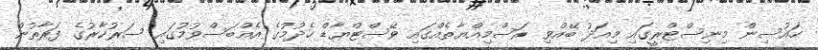
ހައުސިން މިނިސްޓްރީގައި މިއަދު ބޭއްވި ރަސްމިއްޔާތެއްގައި ވޭސްޓްޔާޑް ހެދުމުގެ އެއްބަސްވުމުގައި ސަރުކާރުގެ ފަރާތުން